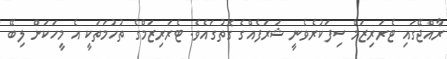
ރާއްޖޭގައި ޓެރަރިޒަމް ސިފަކުރެވެނީ ޝަރަފެއްގެ ގޮތުގައެވެ. ޓެރަރިޒަމްގެ ތުހުމަތަކީ އެ މީހަކަށް ލިބޭ